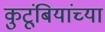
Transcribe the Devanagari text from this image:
कुटूंबियांच्या